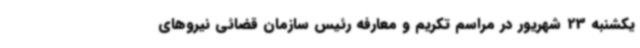
یکشنبه 23 شهریور در مراسم تکریم و معارفه رئیس سازمان قضائی نیروهای